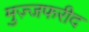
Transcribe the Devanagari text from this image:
मुज़्जफरीद